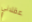
عقلاني